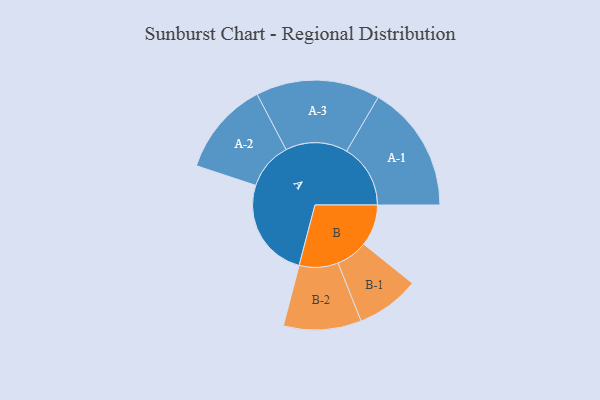
{"axis": {"x": "Segment", "y": "Value"}, "legend": ["", "A", "B"], "data": [{"x": "A", "y": 355, "type": ""}, {"x": "B", "y": 147, "type": ""}, {"x": "A-1", "y": 226, "type": "A"}, {"x": "A-2", "y": 167, "type": "A"}, {"x": "A-3", "y": 220, "type": "A"}, {"x": "B-1", "y": 112, "type": "B"}, {"x": "B-2", "y": 138, "type": "B"}]}